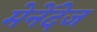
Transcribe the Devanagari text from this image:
मेनेंदेज